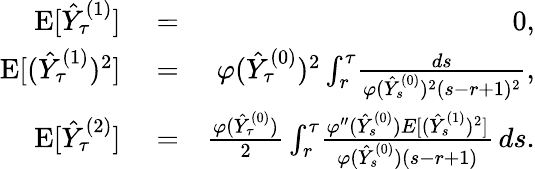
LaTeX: \begin{array}{rlr}{\mathrm{E}[\hat{Y}_{\tau}^{(1)}]}&{{}=}&{0,}\\ {\mathrm{E}[(\hat{Y}_{\tau}^{(1)})^{2}]}&{{}=}&{\varphi(\hat{Y}_{\tau}^{(0)})^{2}\int_{r}^{\tau}\! \frac{ds}{\varphi(\hat{Y}_{s}^{(0)})^{2}(s-r+1)^{2}},}\\ {\mathrm{E}[\hat{Y}_{\tau}^{(2)}]}&{{}=}&{\frac{\varphi(\hat{Y}_{\tau}^{(0)})}{2}\int_{r}^{\tau}\! \frac{\varphi^{\prime\prime}(\hat{Y}_{s}^{(0)})E[(\hat{Y}_{s}^{(1)})^{2}]}{\varphi(\hat{Y}_{s}^{(0)})(s-r+1)}\, ds.}\end{array}